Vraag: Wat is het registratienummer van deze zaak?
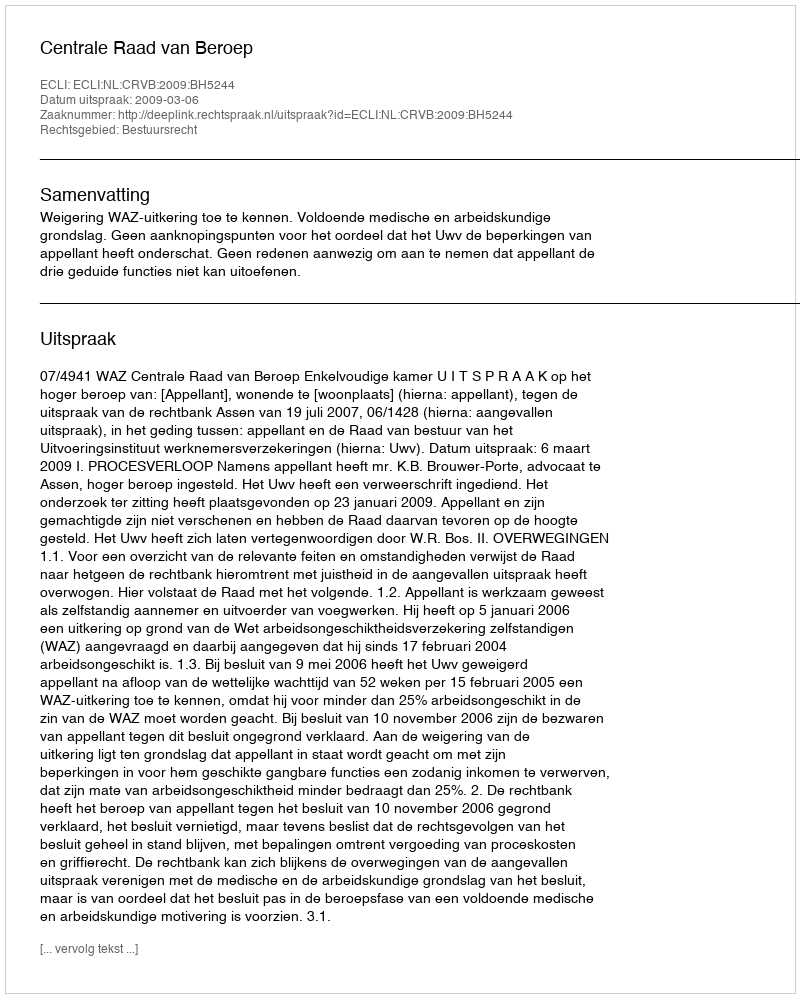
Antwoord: http://deeplink.rechtspraak.nl/uitspraak?id=ECLI:NL:CRVB:2009:BH5244